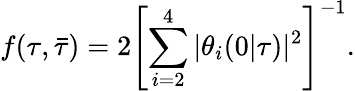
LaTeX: f(\tau,\bar{\tau})=2\left[\sum_{i=2}^{4}|\theta_{i}(0|\tau)|^{2}\right]^{-1}.